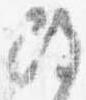
改